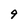
Character: 9